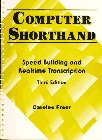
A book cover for Computer Shorthand: Speed Building and Real-Time Transcription (3rd Edition); Carolee Freer; Business & Money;